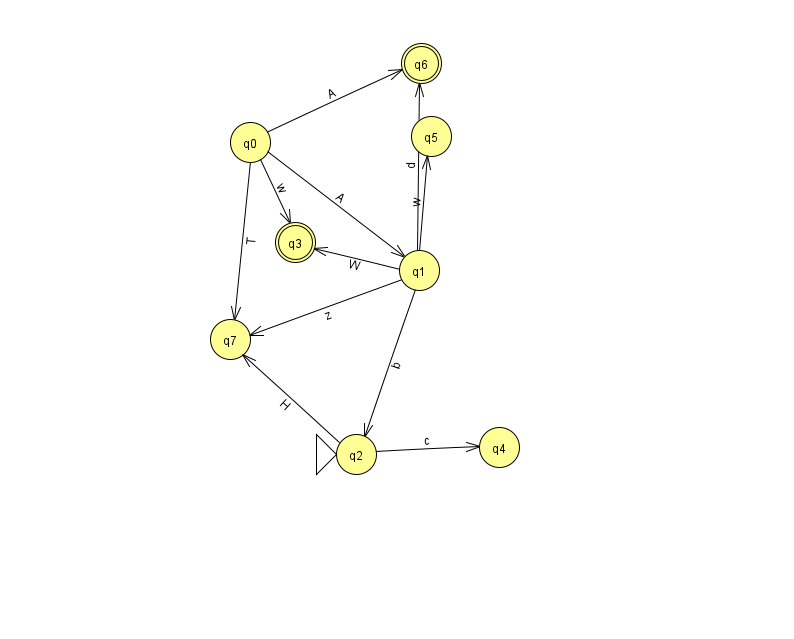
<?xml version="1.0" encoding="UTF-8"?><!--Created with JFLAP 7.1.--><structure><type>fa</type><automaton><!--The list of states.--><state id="0" name="q0"><x>250.0</x><y>129.0</y></state><state id="1" name="q1"><x>419.0</x><y>257.0</y></state><state id="2" name="q2"><x>356.0</x><y>441.0</y><initial/></state><state id="3" name="q3"><x>295.0</x><y>229.0</y><final/></state><state id="4" name="q4"><x>499.0</x><y>434.0</y></state><state id="5" name="q5"><x>431.0</x><y>123.0</y></state><state id="6" name="q6"><x>421.0</x><y>50.0</y><final/></state><state id="7" name="q7"><x>230.0</x><y>326.0</y></state><!--The list of transitions.--><transition><from>1</from><to>7</to><read>z</read></transition><transition><from>2</from><to>4</to><read>c</read></transition><transition><from>0</from><to>1</to><read>A</read></transition><transition><from>0</from><to>7</to><read>T</read></transition><transition><from>1</from><to>3</to><read>W</read></transition><transition><from>1</from><to>6</to><read>d</read></transition><transition><from>1</from><to>5</to><read>w</read></transition><transition><from>0</from><to>3</to><read>w</read></transition><transition><from>1</from><to>2</to><read>b</read></transition><transition><from>2</from><to>7</to><read>H</read></transition><transition><from>0</from><to>6</to><read>A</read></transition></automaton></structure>